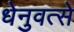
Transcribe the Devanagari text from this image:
धेनुवत्से